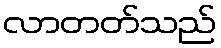
လာတတ်သည်